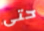
حتى